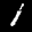
Label: 1